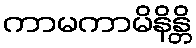
ကာမကာမိနိန္တိ